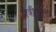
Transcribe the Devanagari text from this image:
मैत्रीपूर्णता